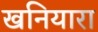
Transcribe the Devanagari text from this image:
खनियारा